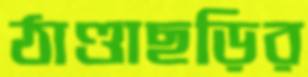
ঠাণ্ডাছড়ির